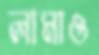
লামাও